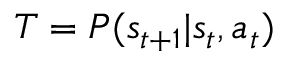
T = P ( s _ { t + 1 } | s _ { t } , a _ { t } )